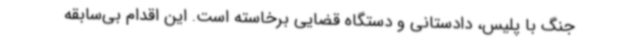
جنگ با پلیس، دادستانی و دستگاه قضایی برخاسته است. این اقدام بی‌سابقه